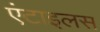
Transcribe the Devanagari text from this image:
एंटाइलस